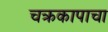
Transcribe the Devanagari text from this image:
चक्रकापाचा